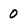
Character: 0